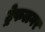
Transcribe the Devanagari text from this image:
ट्रेफलगर